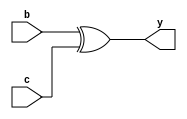
module B_1(
   y,
   b, c
   ); 
   input b, c;
   output reg y;
   always @(*) begin : myproc
      y = b ^ c;
   end
endmodule